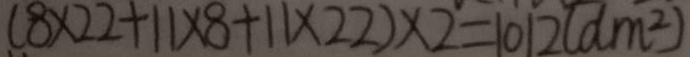
( 8 \times 2 2 + 1 1 \times 8 + 1 1 \times 2 2 ) \times 2 = 1 0 1 2 ( d m ^ { 2 } )